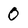
Character: 0